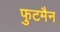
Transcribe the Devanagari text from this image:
फुटमैन